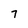
Character: 7